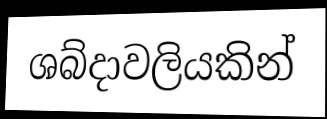
ශබ්දාවලියකින්